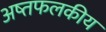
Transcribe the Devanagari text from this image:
अष्तफलकीय